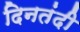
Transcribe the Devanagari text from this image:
दिनतंदी